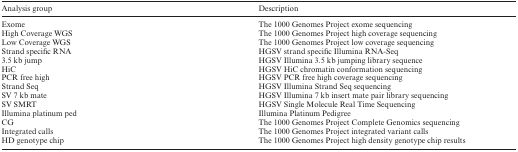
<table><thead><tr><td><b>Analysis group</b></td><td><b>Description</b></td></tr></thead><tbody><tr><td>Exome</td><td>The 1000 Genomes Project exome sequencing</td></tr><tr><td>High Coverage WGS</td><td>The 1000 Genomes Project high coverage sequencing</td></tr><tr><td>Low Coverage WGS</td><td>The 1000 Genomes Project low coverage sequencing</td></tr><tr><td>Strand specific RNA</td><td>HGSV strand specific Illumina RNA-Seq</td></tr><tr><td>3.5 kb jump</td><td>HGSV Illumina 3.5 kb jumping library sequence</td></tr><tr><td>HiC</td><td>HGSV HiC chromatin conformation sequencing</td></tr><tr><td>PCR free high</td><td>HGSV PCR free high coverage sequencing</td></tr><tr><td>Strand Seq</td><td>HGSV Illumina Strand Seq sequencing</td></tr><tr><td>SV 7 kb mate</td><td>HGSV Illumina 7 kb insert mate pair library sequencing</td></tr><tr><td>SV SMRT</td><td>HGSV Single Molecule Real Time Sequencing</td></tr><tr><td>Illumina platinum ped</td><td>Illumina Platinum Pedigree</td></tr><tr><td>CG</td><td>The 1000 Genomes Project Complete Genomics sequencing</td></tr><tr><td>Integrated calls</td><td>The 1000 Genomes Project integrated variant calls</td></tr><tr><td>HD genotype chip</td><td>The 1000 Genomes Project high density genotype chip results</td></tr></tbody></table>